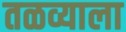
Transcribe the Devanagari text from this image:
तळव्याला